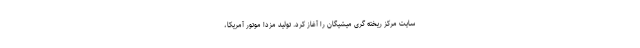
سایت مرکز ریخته گری میشیگان را آغاز کرد. تولید مزدا موتور آمریکا،